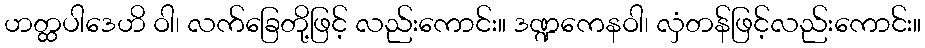
ဟတ္ထပါဒေဟိ ဝါ၊ လက်ခြေတို့ဖြင့် လည်းကောင်း။ ဒဏ္ဍကေနဝါ၊ လှံတန်ဖြင့်လည်းကောင်း။